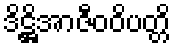
ဒိဋ္ဌိအာဇီဝဝိပတ္တိ